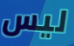
ليس